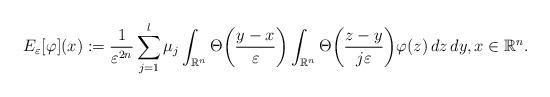
LaTeX: \begin{align*}E_\varepsilon[\varphi](x):=\frac{1}{\varepsilon^{2n}}\sum_{j=1}^l\mu_j\int_{\mathbb R^n}\Theta\biggl(\frac{y-x}{\varepsilon}\biggr)\int_{\mathbb R^n}\Theta\biggl(\frac{z-y}{j\varepsilon}\biggr)\varphi(z)\,dz\,dy, x\in\mathbb R^n.\end{align*}